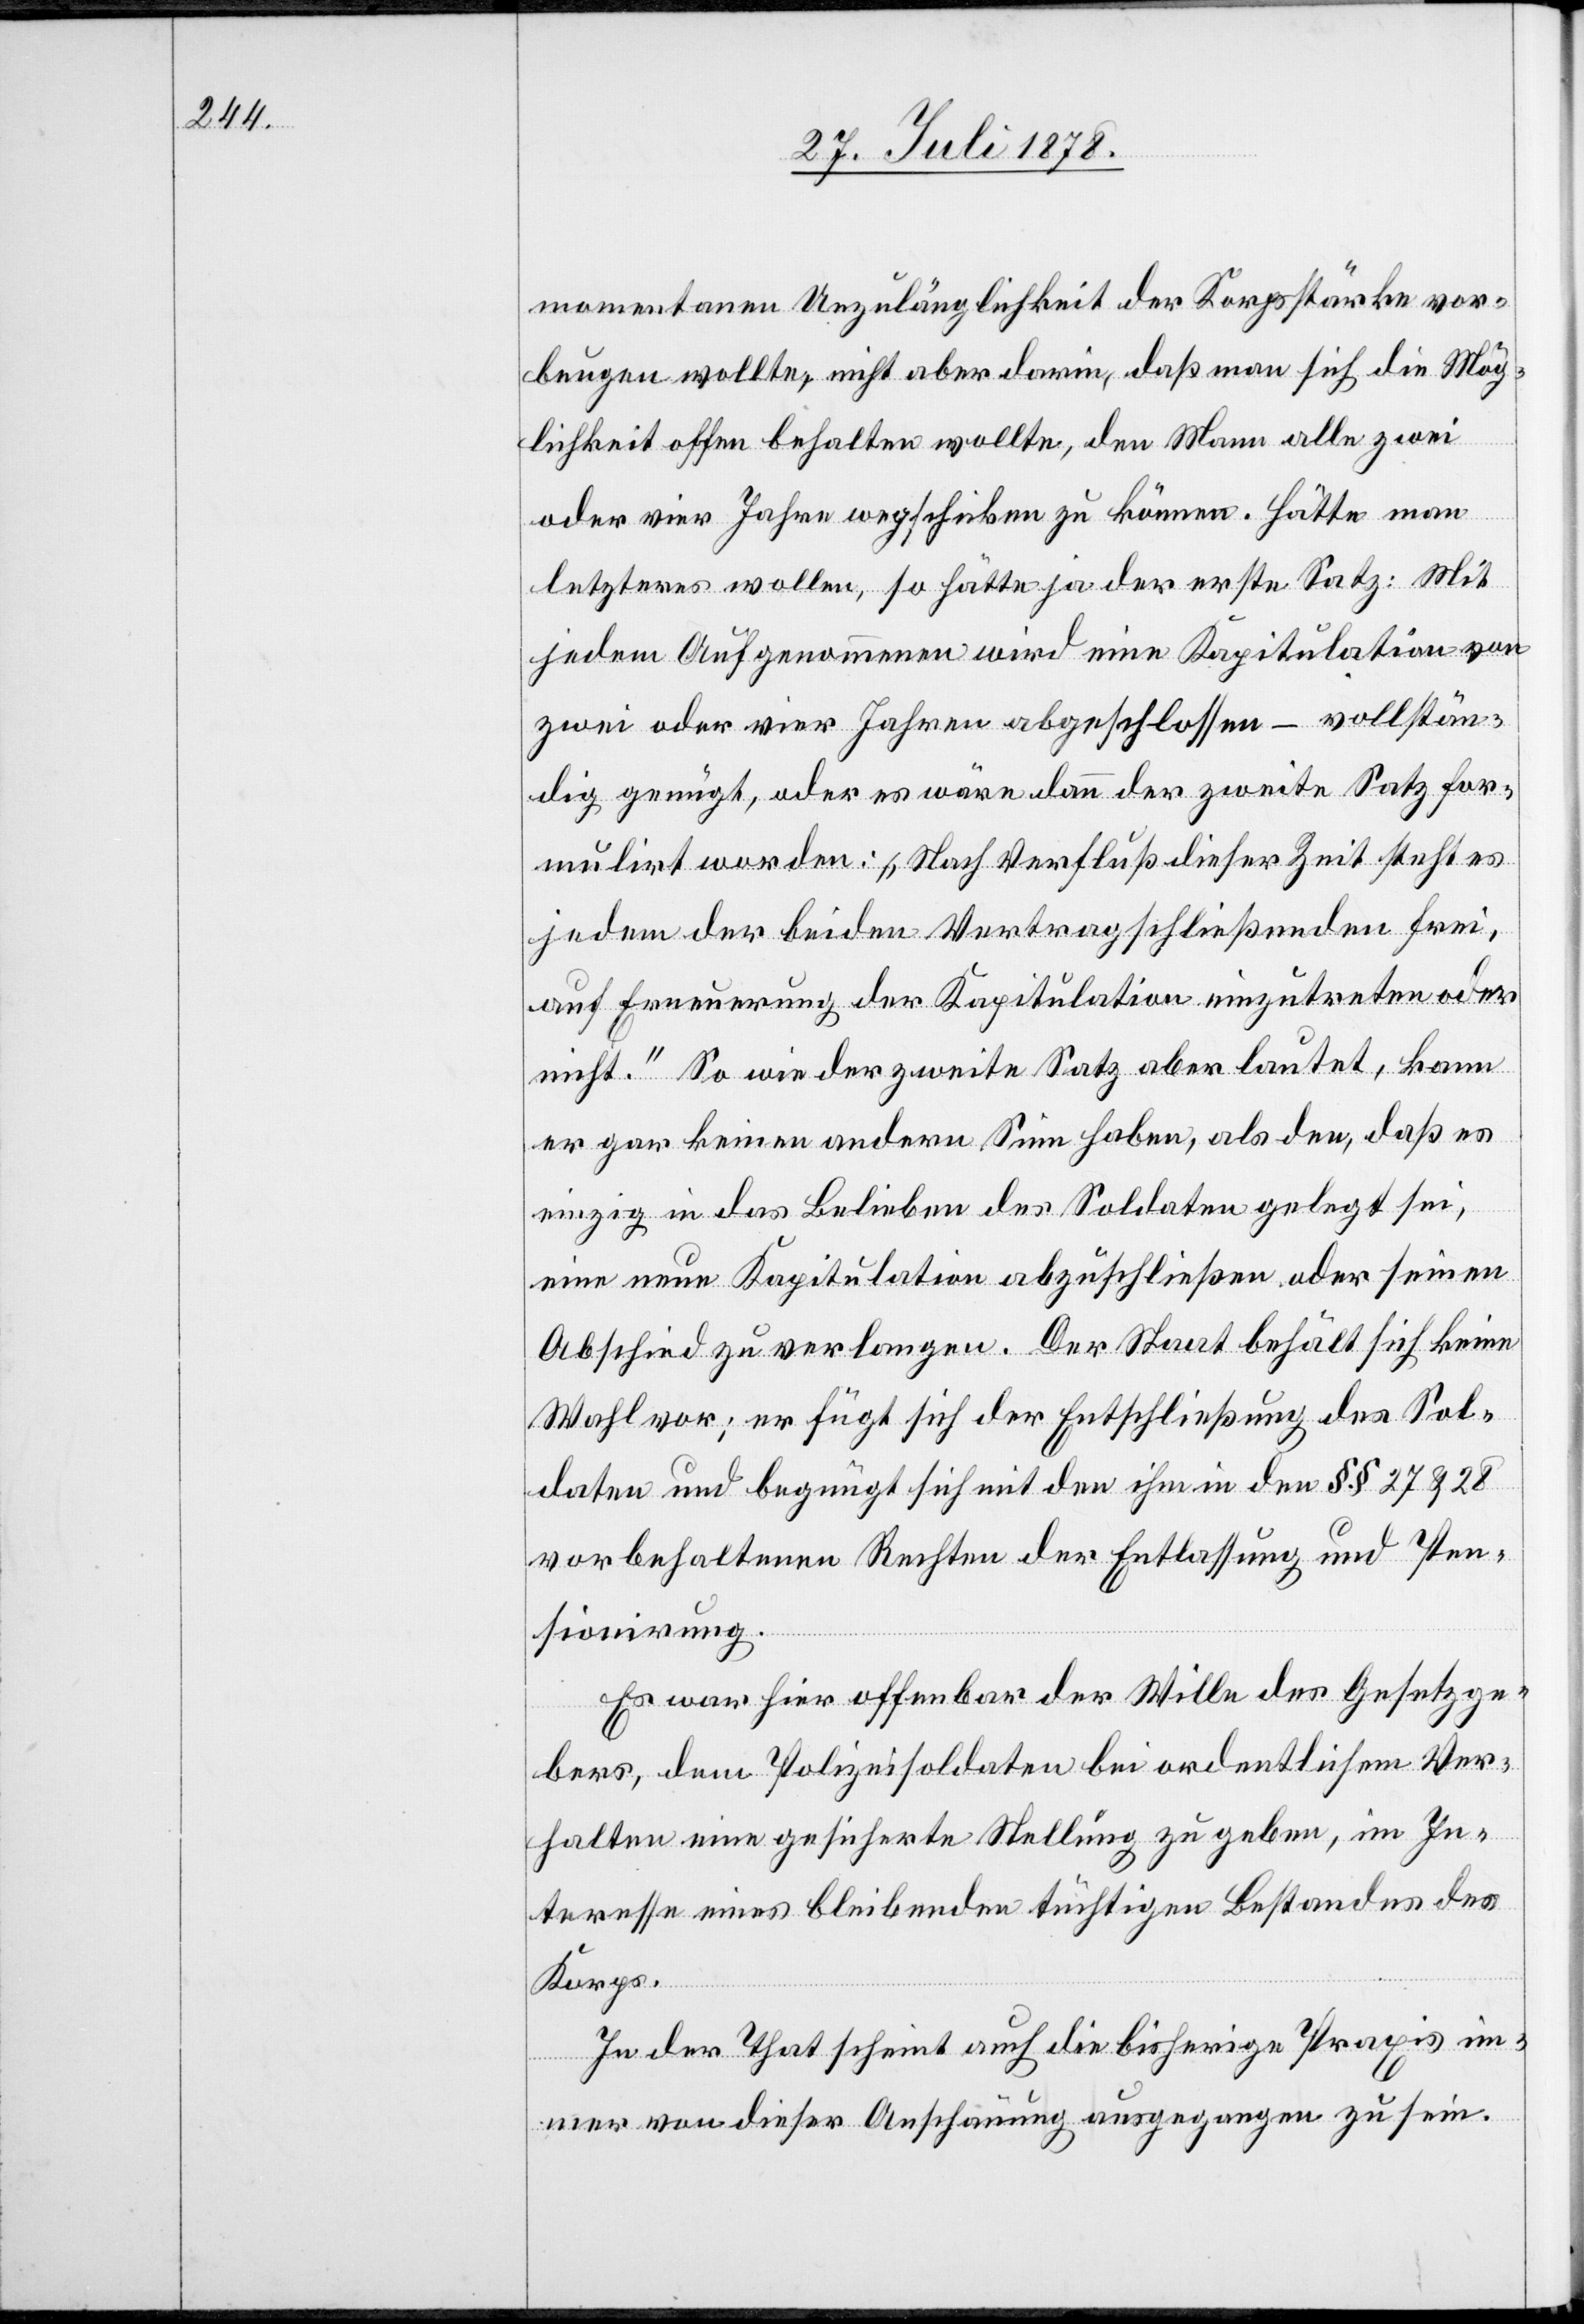
momentanen Unzulänglichkeit der Korpsstärke vor¬
beugen wollte, nicht aber darin, daß man sich die Mög¬
lichkeit offen behalten wollte, den Mann alle zwei
oder vier Jahren wegschicken zu können. Hätte man
letzteres wollen, so hätte ja der erste Satz: Mit
jedem Aufgenommenen wird eine Kapitulation von
zwei oder vier Jahren abgeschlossen – vollstän¬
dig genügt, oder es wäre dann der zweite Satz for¬
mulirt worden: „Nach Verfluß dieser Zeit steht es
jedem der beiden Vertragschließenden frei,
auf Erneuerung der Kapitulation einzutreten oder
nicht.“ So wie der zweite Satz aber lautet, kann
er gar keinen andern Sinn haben, als den, daß es
einzig in das Belieben des Soldaten gelegt sei,
eine neue Kapitulation abzuschließen oder seinen
Abschied zu verlangen. der Staat behält sich keine
Wahl vor; er fügt sich der Entschließung des Sol¬
daten und begnügt sich mit den ihm in den §§ 27 & 28
vorbehaltenen Rechten der Entlassung und Pen¬
sionirung.
Es war hier offenbar der Wille des Gesetzge¬
bers, dem Polizeisoldaten bei ordentlichem Ver¬
halten eine gesicherte Stellung zu geben, im In¬
teresse eines bleibenden tüchtigen Bestandes des
Korps.
In der That scheint auch die bisherige Praxis im¬
mer von dieser Anschauung ausgegangen zu sein.